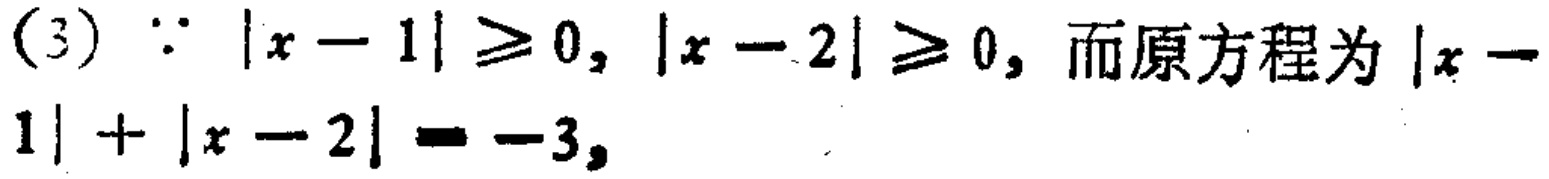
(3) $\because |x - 1|\geq0, |x - 2|\geq0$, 而原方程为 $|x - 1|+|x - 2|=-3$,